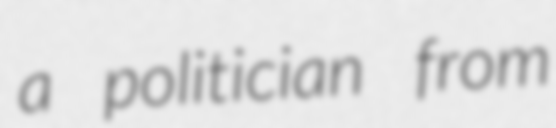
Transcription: a politician from